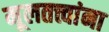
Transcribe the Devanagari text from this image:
मूलतत्त्वांना